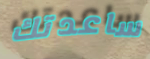
ساعدتك